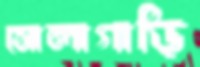
সোলাগাড়ি